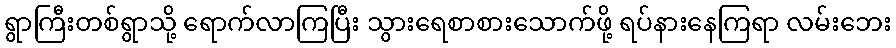
ရွာကြီးတစ်ရွာသို့ ရောက်လာကြပြီး သွားရေစာစားသောက်ဖို့ ရပ်နားနေကြရာ လမ်းဘေး